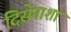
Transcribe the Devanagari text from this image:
दिसेनाशा